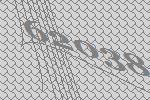
62038